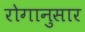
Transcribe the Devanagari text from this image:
रोगानुसार